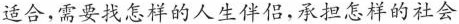
适合，需要找怎样的人生伴侣，承担怎样的社会